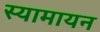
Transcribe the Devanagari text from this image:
स्यामायन